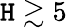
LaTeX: \mathtt{H}\gtrsim5